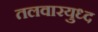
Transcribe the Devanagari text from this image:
तलवारयुध्द